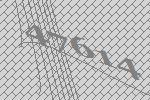
47614